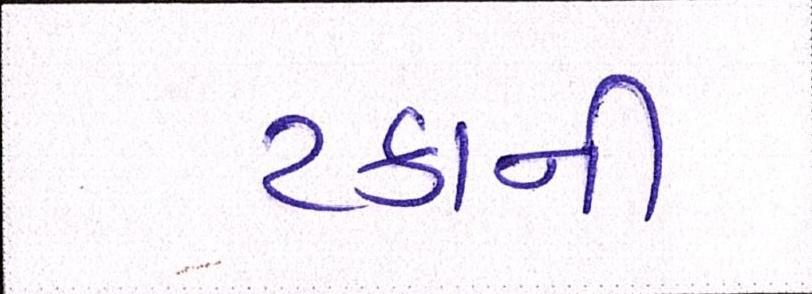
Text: ટકાની